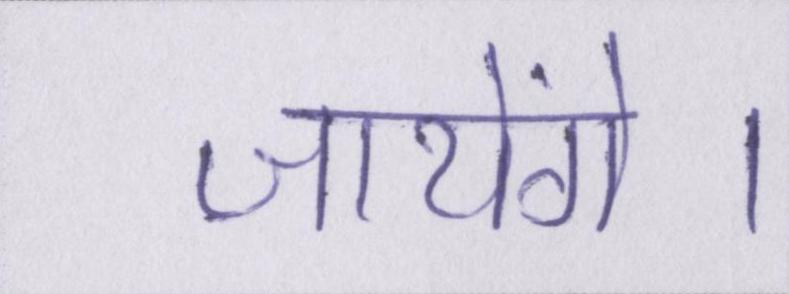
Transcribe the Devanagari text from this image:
जायेंगे।